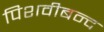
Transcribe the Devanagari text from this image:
पिशवीबन्द